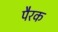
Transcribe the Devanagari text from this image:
पैरक